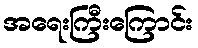
အရေးကြီးကြောင်း